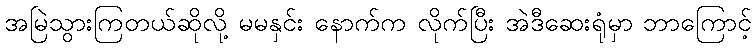
အမြဲသွားကြတယ်ဆိုလို့ မမနှင်း နောက်က လိုက်ပြီး အဲဒီဆေးရုံမှာ ဘာကြောင့်